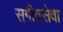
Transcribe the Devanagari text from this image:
संगीतसेवा